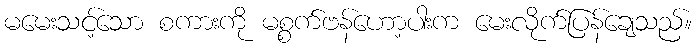
မမေးသင့်သော စကားကို မစ္စက်ဗန်ဟော့ပါးက မေးလိုက်ပြန်ချေသည်။